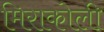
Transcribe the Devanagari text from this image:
मिराकोली